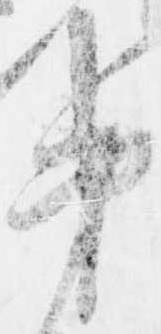
第